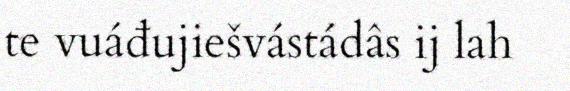
te vuáđujiešvástádâs ij lah